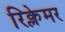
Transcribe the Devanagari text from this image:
रिक्लेमर